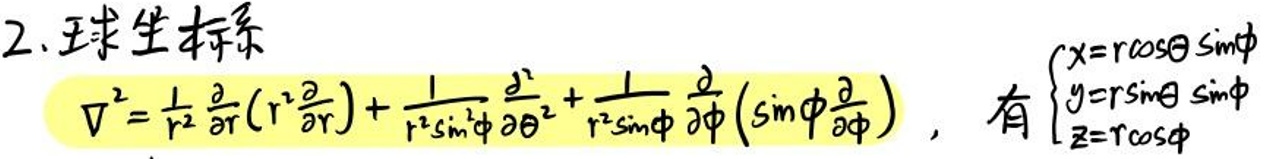
\[
2. 球坐标
\]
\[
\nabla^{2}=\frac{1}{r^{2}}\frac{\partial}{\partial r}\left(r^{2}\frac{\partial}{\partial r}\right)+\frac{1}{r^{2}\sin^{2}\phi}\frac{\partial^{2}}{\partial\theta^{2}}+\frac{1}{r^{2}\sin\phi}\frac{\partial}{\partial\phi}\left(\sin\phi\frac{\partial}{\partial\phi}\right),
\]
\[
有\left\{\begin{array}{l}
x = r\cos\theta\sin\phi\\
y = r\sin\theta\sin\phi\\
z = r\cos\phi
\end{array}\right.
\]